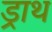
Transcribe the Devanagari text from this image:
ड्राथ